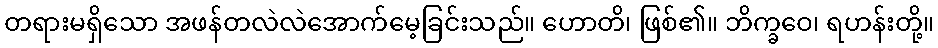
တရားမရှိသော အဖန်တလဲလဲအောက်မေ့ခြင်းသည်။ ဟောတိ၊ ဖြစ်၏။ ဘိက္ခဝေ၊ ရဟန်းတို့။